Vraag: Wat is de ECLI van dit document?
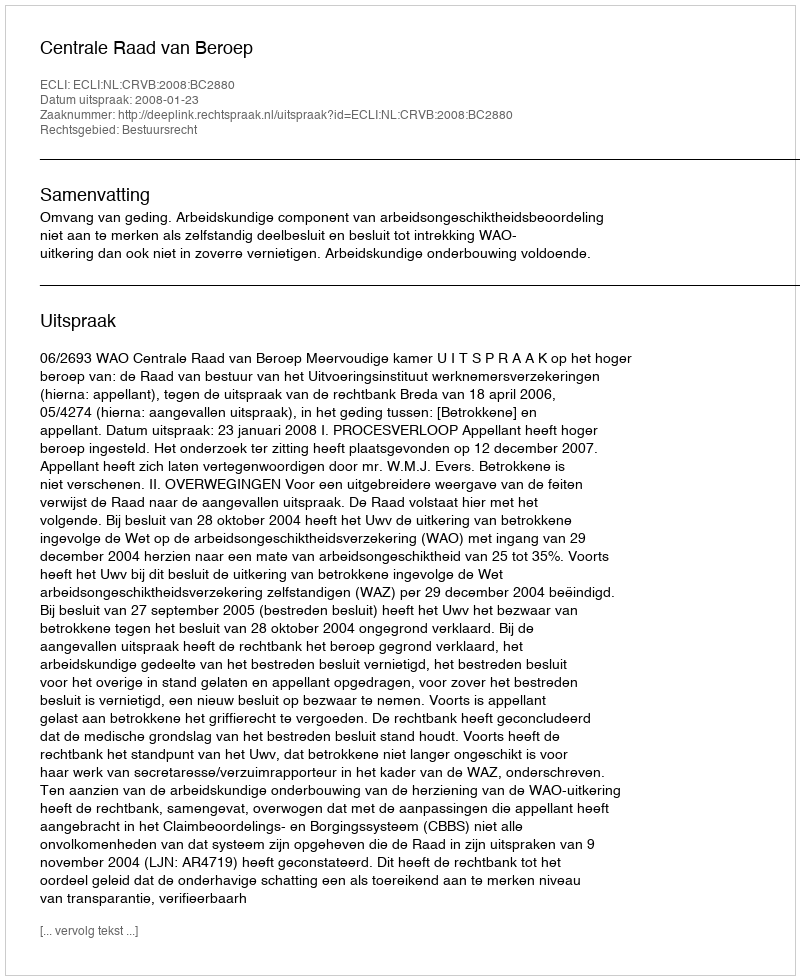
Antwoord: ECLI:NL:CRVB:2008:BC2880